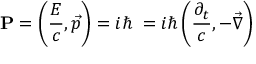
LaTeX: \mathbf { P } = \left( { \frac { E } { c } } , { \vec { p } } \right) = i \hbar \mathbf { \partial } = i \hbar \left( { \frac { \partial _ { t } } { c } } , - { \vec { \nabla } } \right)